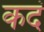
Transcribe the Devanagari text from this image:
कदं